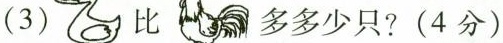
（3） 比 多多少只？(4分)